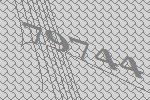
79744